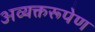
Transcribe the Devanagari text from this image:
अव्यक्तरूपेण